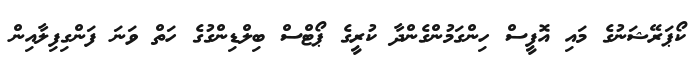
ކޯޕަރޭޝަނުގެ މައި އޮފީސް ހިންގަމުންގެންދާ ކުރީގެ ޕޯޓްސް ބިލްޑިންގުގެ ހަތް ވަނަ ފަންގިފިލާއިން